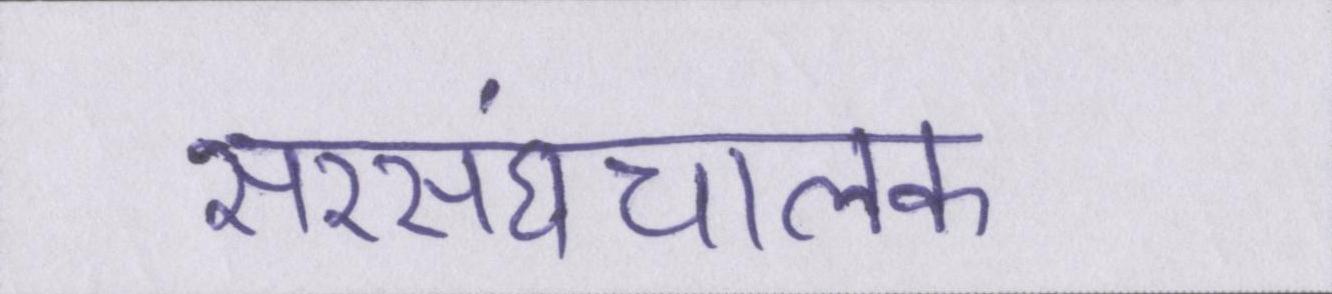
सरसंघचालक